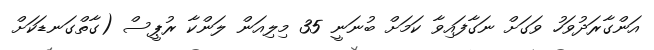
އަންގާރަދުވަހު ވަގަށް ނަގާފައިވާ ކަމަށް ބުނަނީ 35 މިލިއަން ލަންކާ ރުޕީސް (ގާތްގަނޑަކަށް